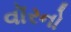
વૉરનો